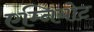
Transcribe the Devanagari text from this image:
एम्नियोट